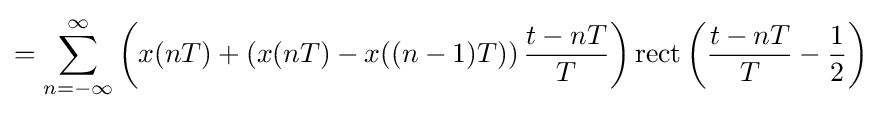
=\sum _{n=-\infty }^{\infty }\left(x(nT)+\left(x(nT)-x((n-1)T)\right){\frac {t-nT}{T}}\right)\mathrm {rect} \left({\frac {t-nT}{T}}-{\frac {1}{2}}\right)\